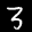
Label: 3